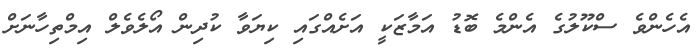
އެހެންވެ ސްކޫލުގެ އެންމެ ބޮޑު އަމާޒަކީ އަށެއްގައި ކިޔަވާ ކުދިން އޯލެވެލް އިމްތިހާނަށް